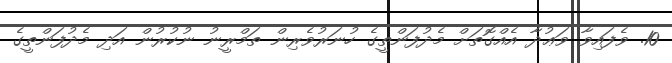
10. ވެފައިވާ ވަޢުދާ އެއްގޮތަށް މެދުފަންތީގެ ހުނަރުވެރިން ތަމްރީނު ނުކުރުން އަދި މެދުފަންތީގެ